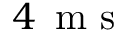
4 \, \mathrm { ~ m ~ s ~ }